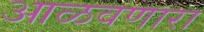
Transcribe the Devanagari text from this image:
आळवणारा